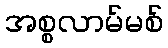
အစ္စလာမ်မစ်